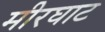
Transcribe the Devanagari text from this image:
मीरघाट